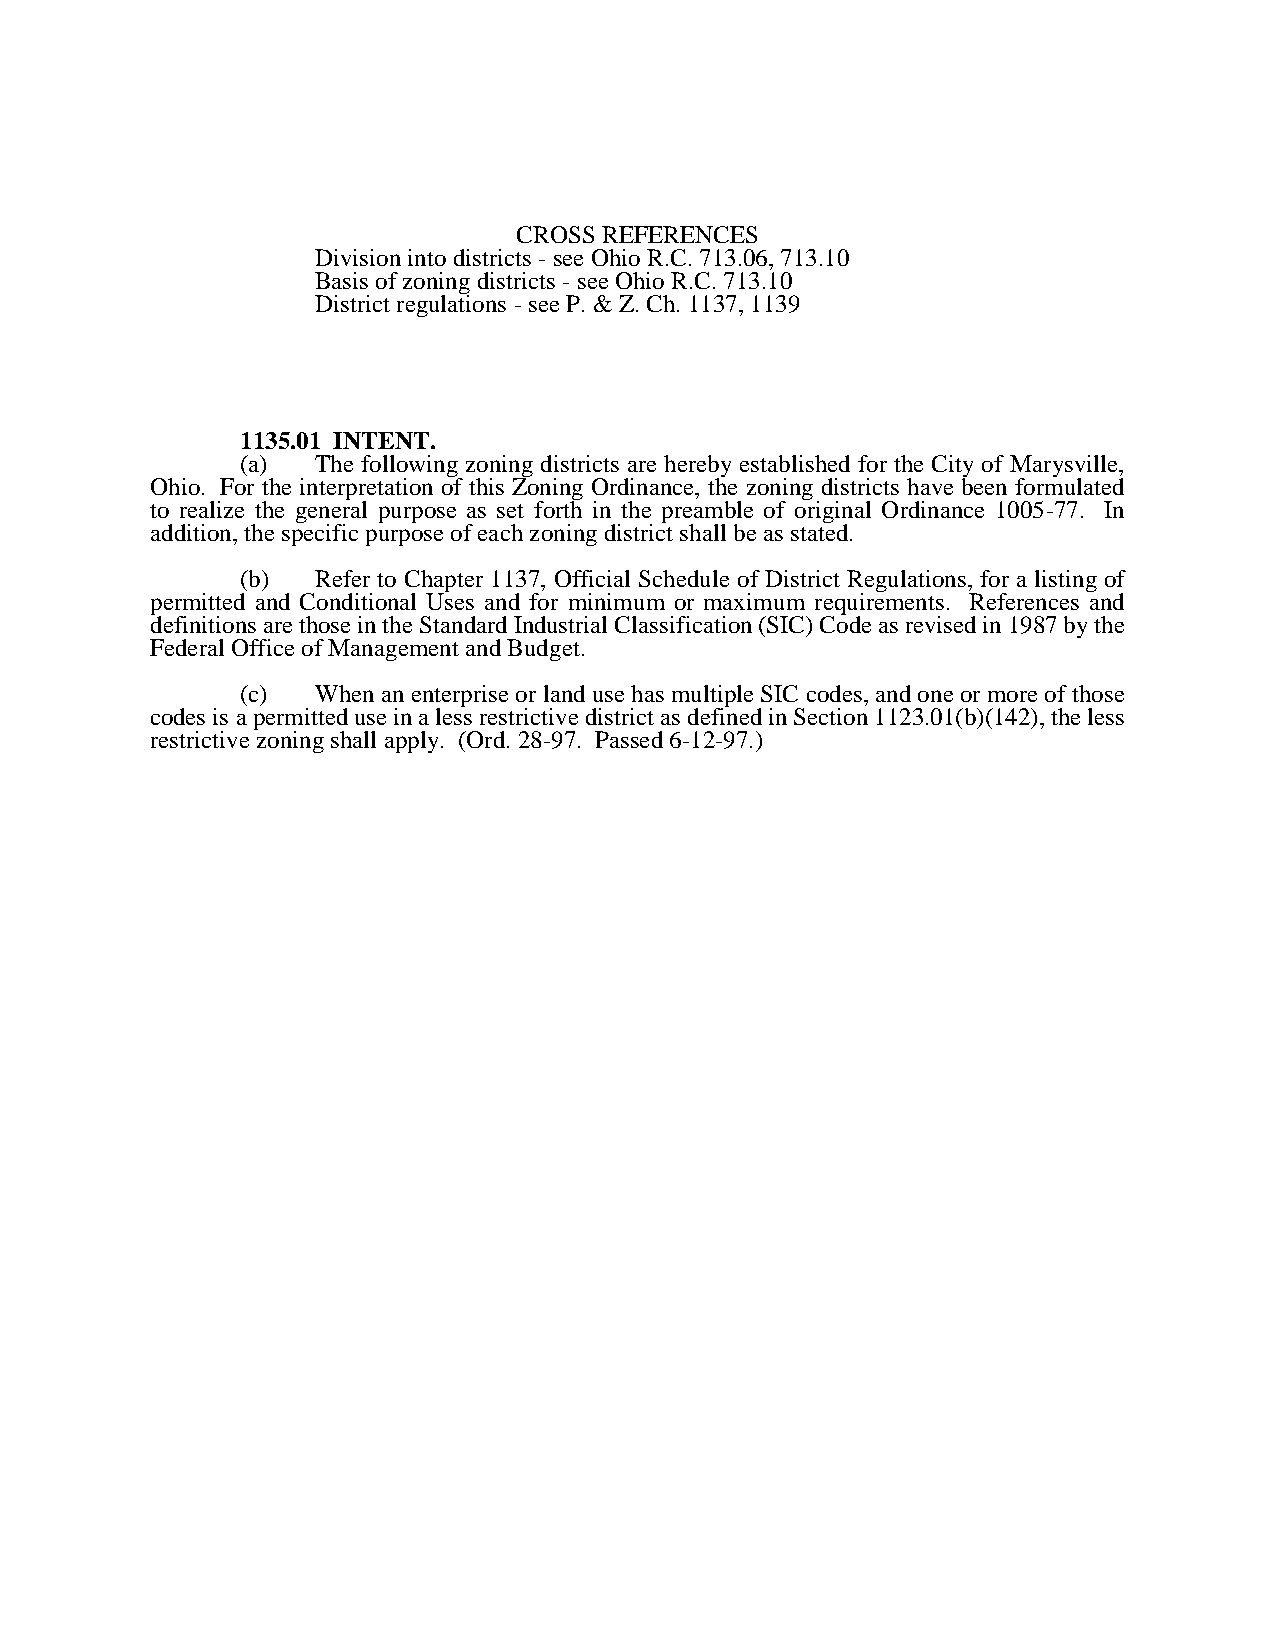
CROSS REFERENCES
 Division into districts - see Ohio R.C. 713.06, 713.10
 Basis of zoning districts - see Ohio R.C. 713.10
 District regulations - see P. & Z. Ch. 1137, 1139
 1135.01 INTENT.
 (a)  The following zoning districts are hereby established for the City of Marysville,
 Ohio. For the interpretation of this Zoning Ordinance, the zoning districts have been formulated
 to realize the general purpose as set forth in the preamble of original Ordinance 1005-77. In
 addition, the specific purpose of each zoning district shall be as stated.
 (b)  Refer to Chapter 1137, Official Schedule of District Regulations, for a listing of
 permitted and Conditional Uses and for minimum or maximum requirements. References and
 definitions are those in the Standard Industrial Classification (SIC) Code as revised in 1987 by the
 Federal Office of Management and Budget.
 (c)  When an enterprise or land use has multiple SIC codes, and one or more of those
 codes is a permitted use in a less restrictive district as defined in Section 1123.01(b)(142), the less
 restrictive zoning shall apply. (Ord. 28-97. Passed 6-12-97.)